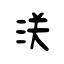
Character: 浂